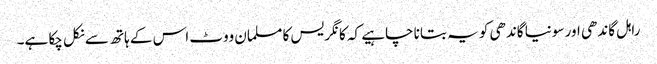
راہل گاندھی اور سونیا گاندھی کو یہ بتانا چاہیے کہ کانگریس کا مسلمان ووٹ اس کے ہاتھ سے نکل چکا ہے۔